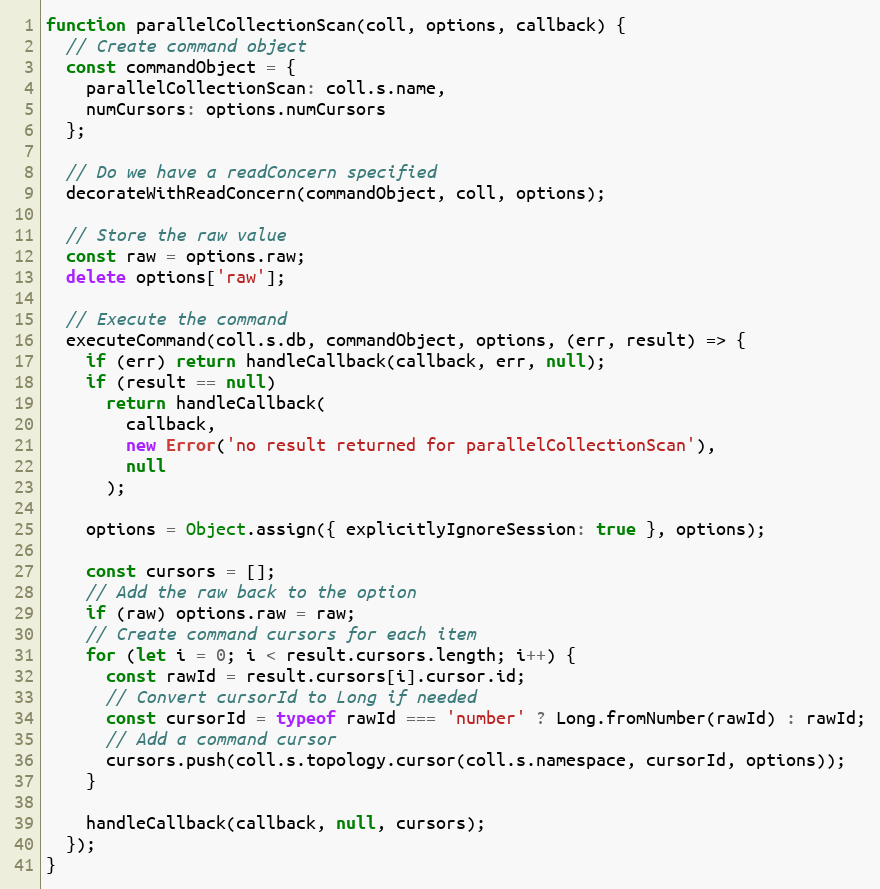
Language: JavaScript
function parallelCollectionScan(coll, options, callback) {
  // Create command object
  const commandObject = {
    parallelCollectionScan: coll.s.name,
    numCursors: options.numCursors
  };

  // Do we have a readConcern specified
  decorateWithReadConcern(commandObject, coll, options);

  // Store the raw value
  const raw = options.raw;
  delete options['raw'];

  // Execute the command
  executeCommand(coll.s.db, commandObject, options, (err, result) => {
    if (err) return handleCallback(callback, err, null);
    if (result == null)
      return handleCallback(
        callback,
        new Error('no result returned for parallelCollectionScan'),
        null
      );

    options = Object.assign({ explicitlyIgnoreSession: true }, options);

    const cursors = [];
    // Add the raw back to the option
    if (raw) options.raw = raw;
    // Create command cursors for each item
    for (let i = 0; i < result.cursors.length; i++) {
      const rawId = result.cursors[i].cursor.id;
      // Convert cursorId to Long if needed
      const cursorId = typeof rawId === 'number' ? Long.fromNumber(rawId) : rawId;
      // Add a command cursor
      cursors.push(coll.s.topology.cursor(coll.s.namespace, cursorId, options));
    }

    handleCallback(callback, null, cursors);
  });
}